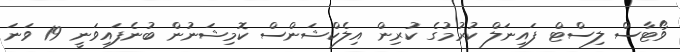
ވޯޓާސް ލިސްޓް ފައިނަލް ކުރުމުގެ ކުރިން އިލެކްޝަންސް ކޮމިޝަނުން ބުނެފައިވަނީ 19 ވަނަ